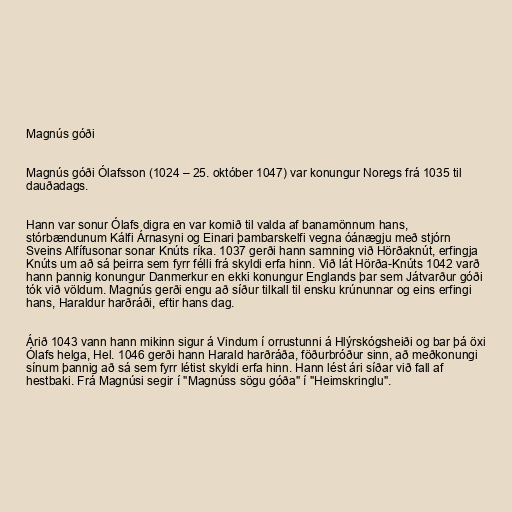
Magnús góði

Magnús góði Ólafsson (1024 – 25. október 1047) var konungur Noregs frá 1035 til
dauðadags.

Hann var sonur Ólafs digra en var komið til valda af banamönnum hans,
stórbændunum Kálfi Árnasyni og Einari þambarskelfi vegna óánægju með stjórn
Sveins Alfífusonar sonar Knúts ríka. 1037 gerði hann samning við Hörðaknút, erfingja
Knúts um að sá þeirra sem fyrr félli frá skyldi erfa hinn. Við lát Hörða-Knúts 1042 varð
hann þannig konungur Danmerkur en ekki konungur Englands þar sem Játvarður góði
tók við völdum. Magnús gerði engu að síður tilkall til ensku krúnunnar og eins erfingi
hans, Haraldur harðráði, eftir hans dag.

Árið 1043 vann hann mikinn sigur á Vindum í orrustunni á Hlýrskógsheiði og bar þá öxi
Ólafs helga, Hel. 1046 gerði hann Harald harðráða, föðurbróður sinn, að meðkonungi
sínum þannig að sá sem fyrr létist skyldi erfa hinn. Hann lést ári síðar við fall af
hestbaki. Frá Magnúsi segir í "Magnúss sögu góða" í "Heimskringlu".